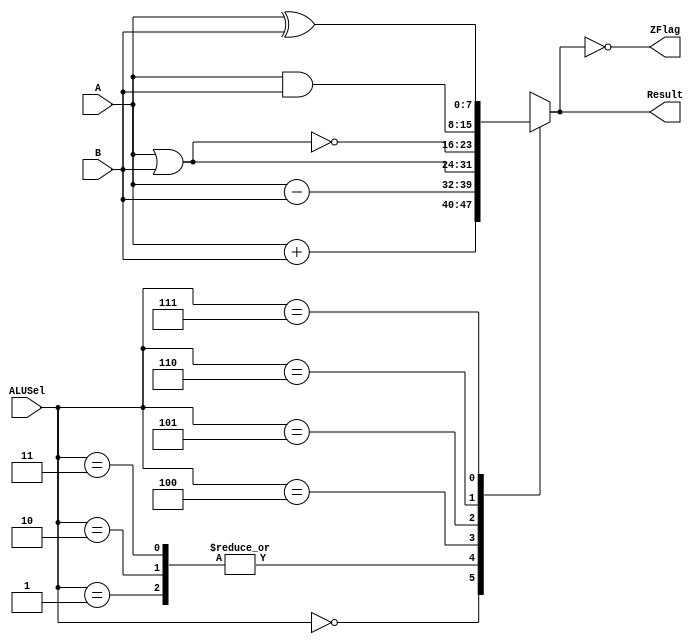
`timescale 1ns / 1ps

module ALU (A, B, ALUSel, Result, ZFlag);
input [7:0] A, B;
input [2:0] ALUSel;
output reg [7:0] Result;
output ZFlag;
assign ZFlag = (Result==8'b0);
always @ (*) begin
case (ALUSel)
3'b000: Result = A + B; // addition
3'b001: Result = A - B; // subtraction
3'b010: Result = A - B; // subtraction
3'b011: Result = A - B; // subtraction
3'b100: Result = A | B; // bitwise OR
3'b101: Result = ~(A | B); // bitwise NOR
3'b110: Result = A & B; // bitwise AND
3'b111: Result = A ^ B; // bitwise XOR
endcase
end
endmodule